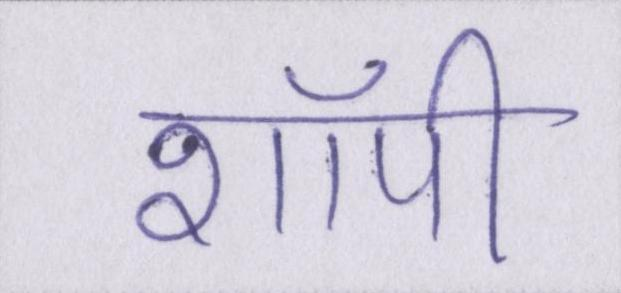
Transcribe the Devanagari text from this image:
शॉपी